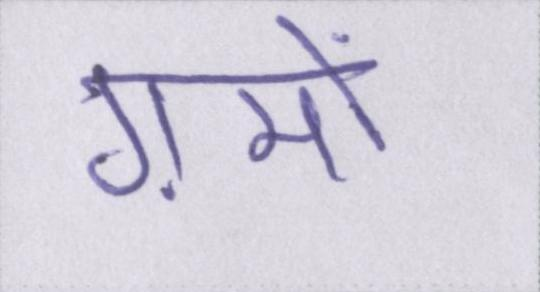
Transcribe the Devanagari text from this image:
ग़मों